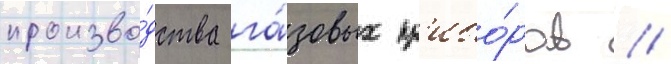
произво́дства га́зовых пр'ибо́ров //